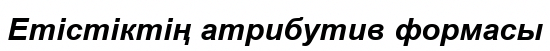
Етістіктің атрибутив формасы